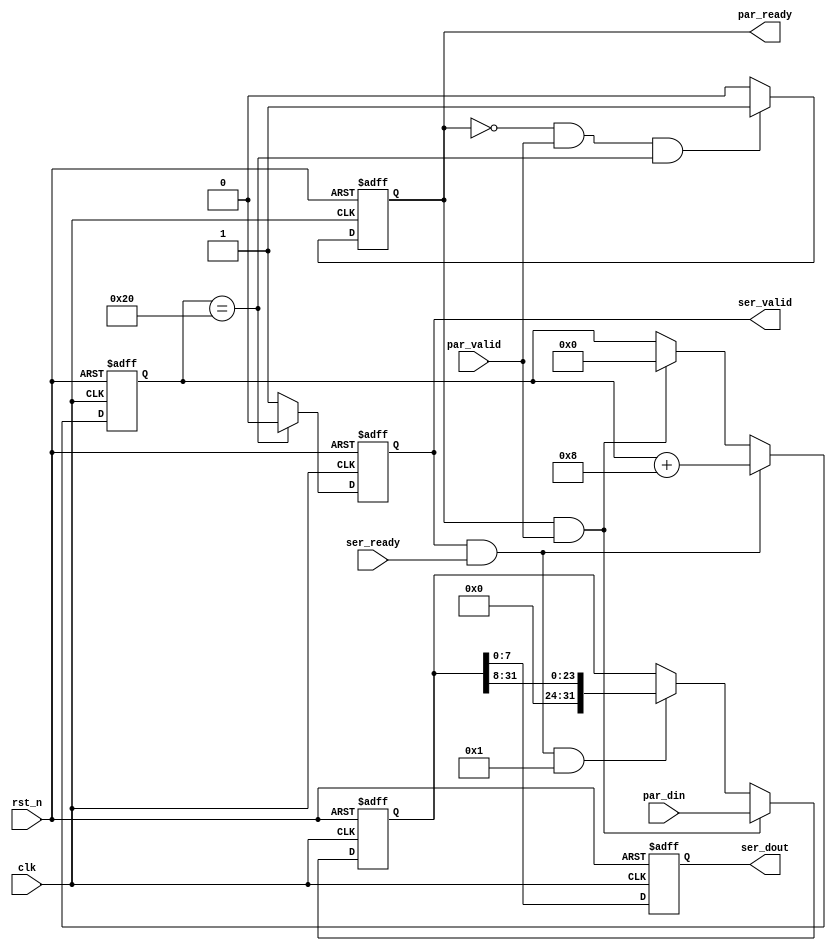
`timescale 1ns / 1ps
//////////////////////////////////////////////////////////////////////////////////
// Company: 
// Engineer: 
// 
// Design Name: 
// Module Name: Par2Ser
// Project Name: 
// Target Devices: 
// Tool Versions: 
// Description: 
// 
// Dependencies: 
// 
// Revision:
// Revision 0.01 - File Created
// Additional Comments:
// 
//////////////////////////////////////////////////////////////////////////////////


module Par2Ser #(
    parameter SERWIDTH   = 8,
    parameter PARWIDTH   = 32,
    parameter Data_Order = 1    //

) (
    input                     clk,
    input                     rst_n,
    input                     par_valid,
    output reg                par_ready,
    input      [PARWIDTH-1:0] par_din,

    output reg                ser_valid,
    input                     ser_ready,
    output     [SERWIDTH-1:0] ser_dout
);

  reg [  SERWIDTH:0] r_dout;
  reg [PARWIDTH-1:0] r_din;
  reg [        15:0] data_cnt;

  /**************************************************************/
  //
  always @(posedge clk, negedge rst_n) begin
    if (!rst_n) par_ready <= 1'b0;
    else if (!par_ready & par_valid && data_cnt == PARWIDTH) par_ready <= 1'b1;  //
    else par_ready <= 1'b0;
  end

  always @(posedge clk or negedge rst_n) begin
    if (!rst_n) begin
      r_din <= 'd0;
    end else if (par_ready && par_valid) begin  //
      r_din <= par_din;
    end else if (ser_valid && ser_ready && Data_Order) begin  // 
      r_din <= r_din >> SERWIDTH;
    end else if (ser_valid && ser_ready && !Data_Order) begin  // 
      r_din <= r_din << SERWIDTH;
    end else begin
      r_din <= r_din;
    end
  end
  /**************************************************************/
  //
  always @(posedge clk, negedge rst_n) begin
    if (!rst_n) ser_valid <= 1'b0;
    else if (data_cnt == PARWIDTH) ser_valid <= 1'b0;
    else ser_valid <= 1'b1;
  end
  //
  always @(posedge clk or negedge rst_n) begin
    if (!rst_n) data_cnt <= PARWIDTH;
    else if (ser_valid && ser_ready)  //+1
      data_cnt <= data_cnt + SERWIDTH;
    else if (par_ready && par_valid) data_cnt <= 'd0;  //
    else data_cnt <= data_cnt;
  end

  always @(posedge clk or negedge rst_n) begin
    if (!rst_n) begin
      r_dout <= 'd0;
    end else if (Data_Order) begin  //
      r_dout <= r_din[SERWIDTH-1:0];
    end else begin  //
      r_dout <= r_din[PARWIDTH-1:PARWIDTH-SERWIDTH];
    end
  end
  assign ser_dout = r_dout;
endmodule